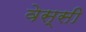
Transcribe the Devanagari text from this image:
वेस्सी